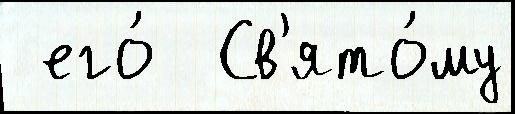
 его́  Св'ято́му